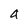
Character: 4